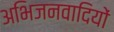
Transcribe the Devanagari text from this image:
अभिजनवादियों